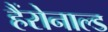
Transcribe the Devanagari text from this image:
हैंरोनाल्ड